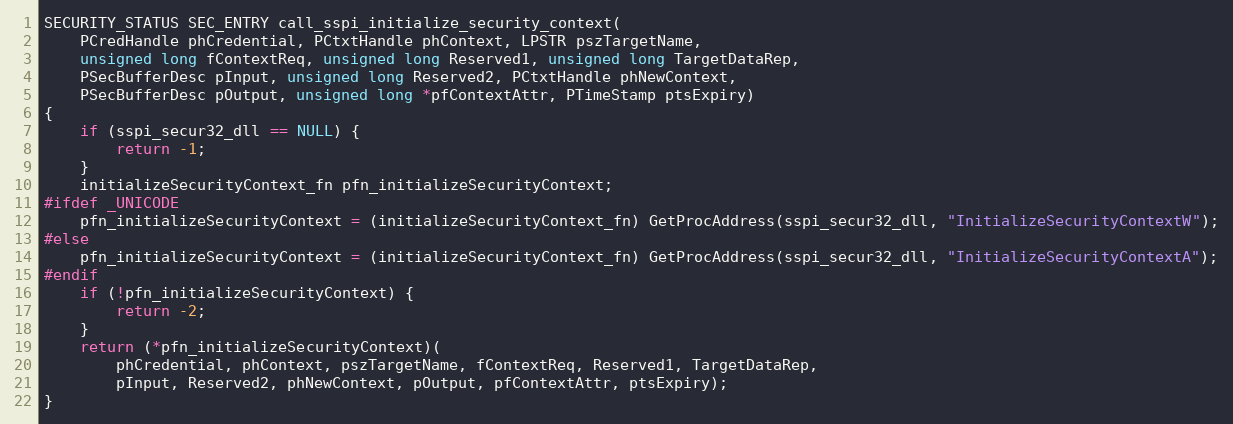
Language: C
SECURITY_STATUS SEC_ENTRY call_sspi_initialize_security_context(
	PCredHandle phCredential, PCtxtHandle phContext, LPSTR pszTargetName,
	unsigned long fContextReq, unsigned long Reserved1, unsigned long TargetDataRep,
	PSecBufferDesc pInput, unsigned long Reserved2, PCtxtHandle phNewContext,
	PSecBufferDesc pOutput, unsigned long *pfContextAttr, PTimeStamp ptsExpiry)
{
	if (sspi_secur32_dll == NULL) {
		return -1;
	}
	initializeSecurityContext_fn pfn_initializeSecurityContext;
#ifdef _UNICODE
	pfn_initializeSecurityContext = (initializeSecurityContext_fn) GetProcAddress(sspi_secur32_dll, "InitializeSecurityContextW");
#else
	pfn_initializeSecurityContext = (initializeSecurityContext_fn) GetProcAddress(sspi_secur32_dll, "InitializeSecurityContextA");
#endif
	if (!pfn_initializeSecurityContext) {
		return -2;
	}
	return (*pfn_initializeSecurityContext)(
		phCredential, phContext, pszTargetName, fContextReq, Reserved1, TargetDataRep,
		pInput, Reserved2, phNewContext, pOutput, pfContextAttr, ptsExpiry);
}